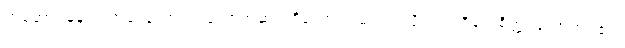
တံဆောင်မုန်းလအခါ တောက်ပသောအဆင်းရှိသော လမင်းကဲ့သို့၎င်း။ ဝိရောစိတ္တ၊ တောက်ပ၏။